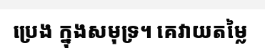
ប្រេង ក្នុងសមុទ្រ។ គេវាយតម្លៃ